Civil Veterinary Dept. Bombay admin report 1914-1922 - 1914-1922
Year: 1914
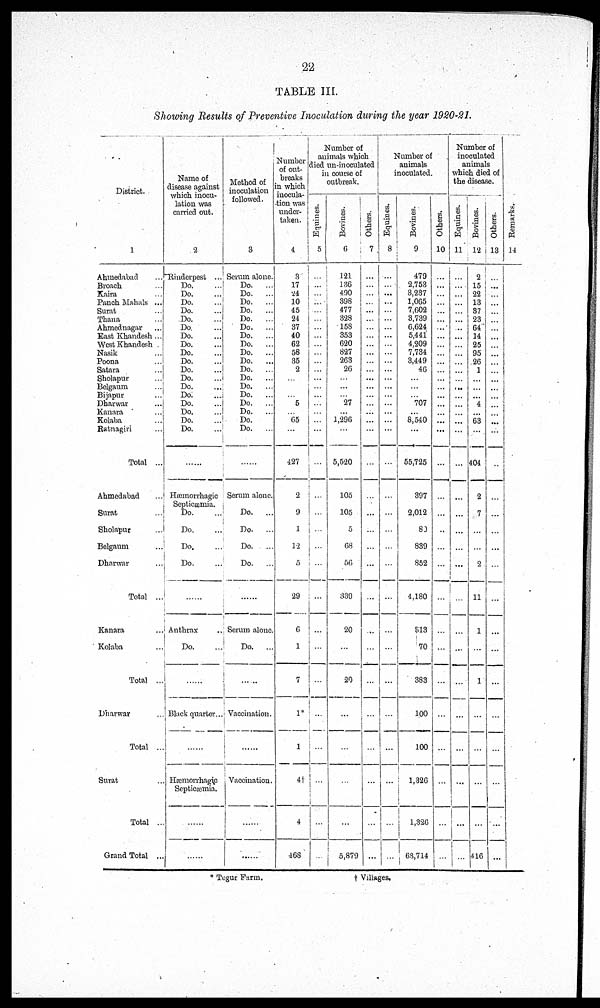
22
TABLE III.
Showing Results of Preventive Inoculation during the year 1920-21.
District.
1
Ahmedabad ...
Broach ...
Kaira ...
Panch Mahals ...
Surat ...
Thana ...
Ahmednagar ...
East Khandesh ...
West Khandesh .
Nasik ...
Poona ...
Satara ...
Sholapur ...
Belgaum ...
Bijapur ...
Dharwar ...
Kanara ...
Kolaba ...
Ratnagiri ...
Total ...
Ahmedabad ...
Surat ...
Sholapur ...
Belgaum ...
Dharwar ...
Total ...
Kanara ...
Kolaba ...
Total ...
Dharwar ...
Total ...
Surat ...
Total ...
Grand Total ...
Name of
disease against
which inocu-
lation was
carried out.
2
Rinderpest
...
Do. ...
Do. ...
Do. ...
Do. ...
Do. ...
Do. ...
Do. ...
Do. ...
Do. ...
Do. ...
Do. ...
Do. ...
Do. ...
Do.
...
Do. ...
Do. ...
Do. ...
Do. ...
......
Hæmorrhagic
Septicæmia.
Do. ...
Do. ...
Do. ...
Do. ...
Anthrax ..
Do. ...
......
Black quarter...
......
Hæmorrhagic
Septicæmia.
......
......
Method of
inoculation
followed.
3
Serum alone.
Do.
...
Do.
...
Do.
...
Do.
...
Do.
...
Do.
...
Do.
...
Do.
...
Do.
...
Do.
...
Do.
...
Do.
...
Do.
...
Do.
...
Do.
...
Do.
...
Do. ...
Do.
...
......
Serum alone.
Do.
...
Do.
...
Do.
...
Do.
...
Serum alone.
Do.
...
Vaccination.
......
Vaccination.
......
......
Number
of out-
breaks
in which
inocula-
tion was
under-
taken.
4
3
17
24
10
45
24
37
40
62
58
35
2
...
...
...
5
...
65
...
427
2
9
1
12
5
29
6
1
7
1*
1
4†
4
468
Number of
animals which
died un-inoculated
in course of
outbreak.
Equines.
5
...
...
...
...
...
...
...
...
...
...
...
...
...
...
...
...
...
...
...
...
...
...
...
...
...
...
...
...
...
...
...
...
...
...
Bovines.
6
121
136
490
398
477
328
158
353
620
827
263
26
...
...
...
27
...
1,296
...
5,520
105
105
5
68
56
339
20
...
20
...
...
...
...
5,879
Others.
7
...
...
...
...
...
...
...
...
...
...
...
...
...
...
...
...
....
...
...
...
...
...
...
...
...
...
...
...
...
...
...
...
...
...
Number of
animals
inoculated.
Equines.
8
...
...
...
...
...
...
...
...
...
...
...
...
...
...
...
...
...
..
...
...
...
...
...
...
...
...
...
...
...
...
...
...
...
...
Bovines.
9
479
2,753
3,237
1,065
7,602
3,739
6,624
5,441
4,209
7,734
3,449
46
..
...
...
707
...
8,540
...
55,725
397
2,012
80
839
852
4,180
513
70
383
100
100
1,326
1,326
63,714
Others.
10
...
...
...
...
...
...
...
...
...
...
...
...
...
...
...
...
...
...
...
...
...
...
..
...
...
...
...
...
...
...
...
...
...
...
Number of
inoculated
animals
which died of
the disease.
Equines.
11
...
...
...
...
...
...
...
...
...
...
...
...
...
....
...
...
...
...
...
...
...
...
...
...
...
...
...
...
...
...
...
...
...
...
...
Bovines.
12
2
15
22
13
37
23
64
14
25
95
26
1
...
..
..
4
...
63
...
404
2
7
...
...
2
11
1
...
1
...
...
...
...
416
Others.
13
...
...
...
...
...
...
...
...
...
...
...
...
...
...
...
...
...
...
...
..
...
...
...
...
...
...
...
...
...
...
...
...
...
....
Remarks.
14
* Tegur Farm.
†Villages.